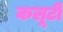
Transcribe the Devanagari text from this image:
कलूटी